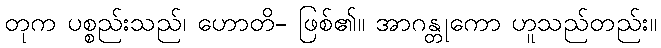
တုက ပစ္စည်းသည်၊ ဟောတိ- ဖြစ်၏။ အာဂန္တုကော ဟူသည်တည်း။